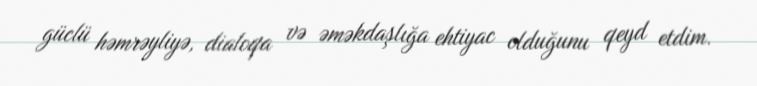
güclü həmrəyliyə, dialoqa və əməkdaşlığa ehtiyac olduğunu qeyd etdim.